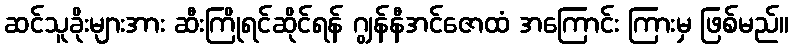
ဆင်သူခိုးများအား ဆီးကြိုရင်ဆိုင်ရန် ဂျွန်နီအင်ဇောထံ အကြောင်း ကြားမှ ဖြစ်မည်။